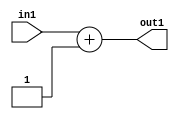
`timescale 1ps / 1ps
/*****************************************************************************
    Verilog RTL Description
    
    
    Created by: Stratus DpOpt 21.05.01 
*******************************************************************************/

module SobelFilter_Add_7U_7_4 (
	in1,
	out1
	); /* architecture "behavioural" */ 
input [6:0] in1;
output [6:0] out1;
wire [6:0] asc001;

assign asc001 = 
	+(in1)
	+(7'B0000001);

assign out1 = asc001;
endmodule

/* CADENCE  urjwTQE= : u9/ySxbfrwZIxEzHVQQV8Q== ** DO NOT EDIT THIS LINE ******/